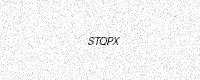
Text: STQPX